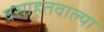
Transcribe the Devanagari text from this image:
वसाहतवाल्या